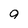
Character: 9